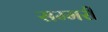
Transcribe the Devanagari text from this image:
सम्मरी